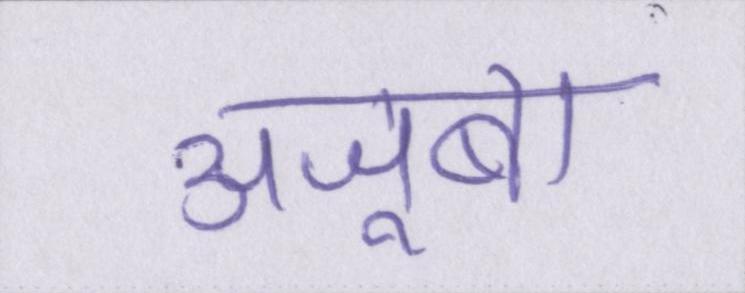
अजूबा